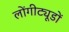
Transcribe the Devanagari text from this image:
लोंगीट्यूडों